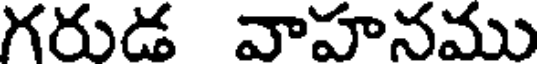
గరుడ వాహనము